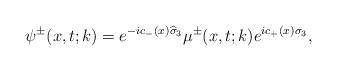
LaTeX: \begin{align*}\psi^\pm(x,t;k)=e^{-ic_-(x)\widehat{\sigma}_3}\mu^\pm(x,t;k)e^{ic_+(x)\sigma_3},\end{align*}